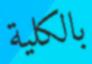
بالكلية